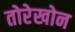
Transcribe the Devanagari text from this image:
तोरेखोन